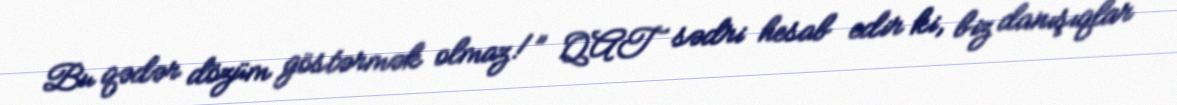
Bu qədər dözüm göstərmək olmaz!” QAT sədri hesab edir ki, biz danışıqlar